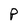
Character: P